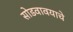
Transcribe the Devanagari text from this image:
सोडवावयाचे